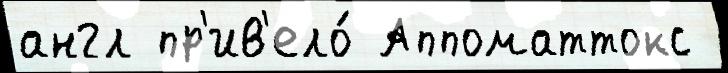
англ пр'ив'ело́ Аппоматтокс